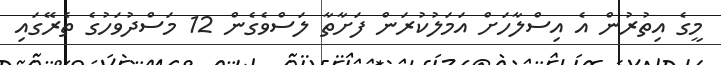
މީގެ އިތުރުން އެ އިސްލާހަށް އަމަލުކުރަން ފަށާތާ ލަސްވެގެން 12 މަސްދުވަހުގެ ތެރޭގައި